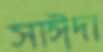
সাঈদা